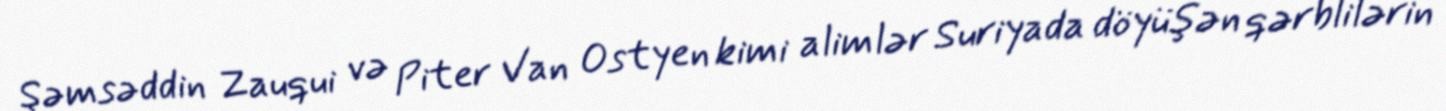
Şəmsəddin Zauqui və Piter Van Ostyen kimi alimlər Suriyada döyüşən qərblilərin